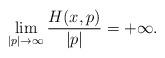
LaTeX: \begin{align*}\lim_{|p|\to \infty} \frac{H(x,p)}{|p|}=+\infty.\end{align*}